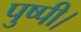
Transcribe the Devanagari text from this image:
पुष्पी।